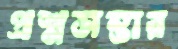
প্রশ্নসম্ভার